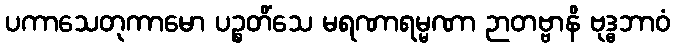
ပကာသေတုကာမော ပဉ္စတိံသေ မရဏာရမ္မဏာ ဉာတဗ္ဗာနိ ဗုဒ္ဓဘာဝံ